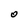
Character: O